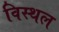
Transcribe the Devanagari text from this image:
विस्थल